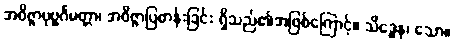
အဝိဇ္ဇာပုဗ္ဗင်္ဂမတ္တာ၊ အဝိဇ္ဇာပြဓာန်းခြင်း ရှိသည်၏အဖြစ်ကြောင့်။ သိဒ္ဓေန၊ သော။